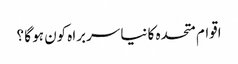
اقوام متحدہ کا نیا سربراہ کون ہو گا ؟